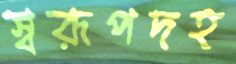
স্বরূপদহ